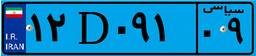
۱۲D۰۹۱۰۹